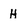
Character: H